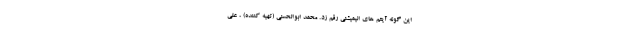
این گونه آیتم های انیمیشنی رقم زد. محمد ابوالحسنی (تهیه کننده) ، علی